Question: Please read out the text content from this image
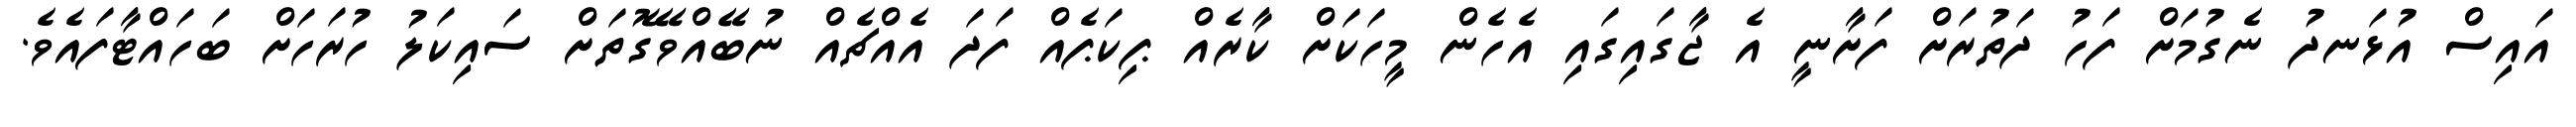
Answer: އައިސް އުޅަނދު ނެގުމަށް ފަހު ދަތުރަށް ފަށާނީ އެ ޖާގައިގައި އެހެން މީހަކަށް ކާރެއް ޕިކަޕެއް ފަދަ އެއްޗެއް ނުބޭއްވޭގޮތަށް ސައިކަލު ހުރަހަށް ބަހައްޓާފައެވެ.